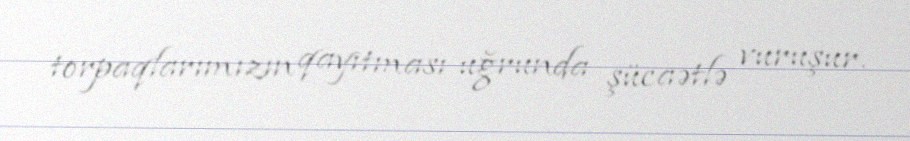
torpaqlarımızın qayıtması uğrunda şücaətlə vuruşur.